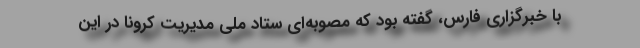
با خبرگزاری فارس، گفته بود که مصوبه‌ای ستاد ملی مدیریت کرونا در این